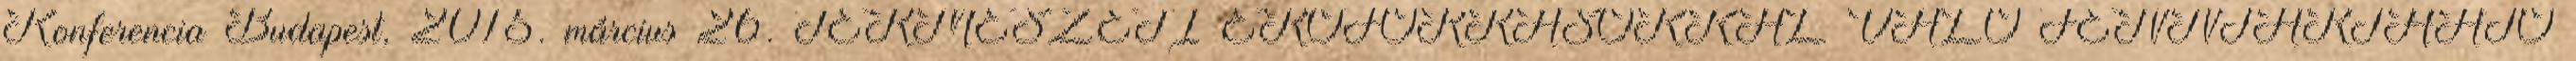
Konferencia Budapest, 2015. március 26. TERMÉSZETI ERŐFORRÁSOKKAL VALÓ FENNTARTHATÓ